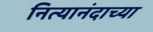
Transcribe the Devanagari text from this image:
नित्यानंदाच्या